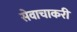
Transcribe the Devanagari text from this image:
सेवाचाकरी